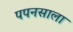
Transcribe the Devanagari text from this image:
पपनसाला